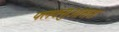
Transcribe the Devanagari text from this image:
फ्लक्सुओसस